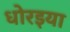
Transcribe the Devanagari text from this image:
धोरइया